Scientific memoirs by medical officers of the Army of India - Part IX,
Year: 1895
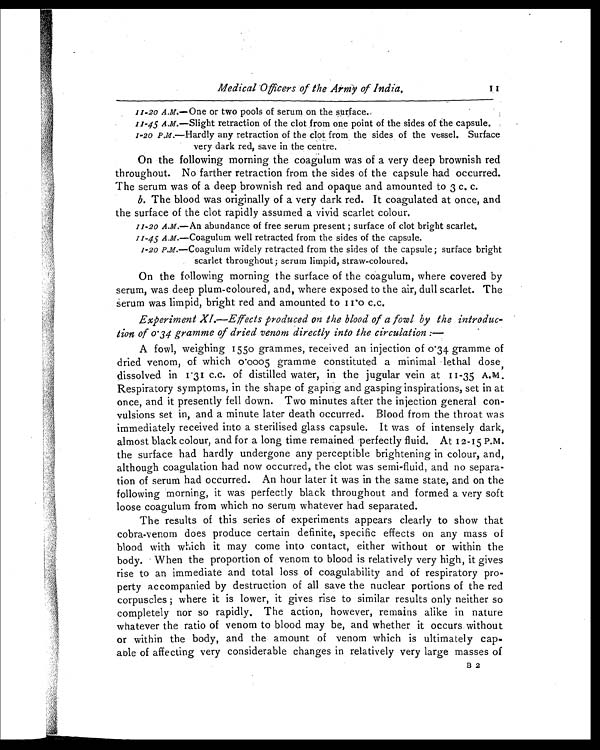
Medical Officers of the Army of India
.
1111-20 A.M.—One or two pools of serum on the surface.
11-45 A.M.—Slight retraction of the clot from one point of the sides of the capsule.
1-20 P.M.—Hardly any retraction of the clot from the sides of the vessel. Surface
very dark red, save in the centre.
On the following morning the coagulum was of a very deep brownish red
throughout. No farther retraction from the sides of the capsule had occurred.
The serum was of a deep brownish red and opaque and amounted to 3 c. c.
b. The blood was originally of a very dark red. It coagulated at once, and
the surface of the clot rapidly assumed a vivid scarlet colour.
11-20 A.M.—An abundance of free serum present ; surface of clot bright scarlet
.
11-45 A.M.—Coagulum well retracted from the sides of the capsule.
1-20 P.M.—Coagulum widely retracted from the sides of the capsule ; surface bright
scarlet throughout; serum limpid, straw-coloured.
On the following morning the surface of the coagulum, where covered by
serum, was deep plum-coloured, and, where exposed to the air, dull scarlet. The
serum was limpid, bright red and amounted to 11.0 c.c.
Experiment XI.—Effects produced on the blood of a fowl by the introduc
-tion of 0.34 gramme of dried venom directly into the circulation :
—
A fowl, weighing 1550 grammes, received an injection of 0.34 gramme of
dried venom, of which 0.0005 gramme constituted a minimal lethal dose,
dissolved in 1.31 c.c. of distilled water, in the jugular vein at 11-35 A.M.
Respiratory symptoms, in the shape of gaping and gasping inspirations, set in at
once, and it presently fell down. Two minutes after the injection general con
-vulsions set in, and a minute later death occurred. Blood from the throat was
immediately received into a sterilised glass capsule. It was of intensely dark,
almost black colour, and for a long time remained perfectly fluid. At 12-15 P.M.
the surface had hardly undergone any perceptible brightening in colour, and,
although coagulation had now occurred, the clot was semi-fluid, and no separa
-tion of serum had occurred. An hour later it was in the same state, and on the
following morning, it was perfectly black throughout and formed a very soft
loose coagulum from which no serum whatever had separated.
The results of this series of experiments appears clearly to show that
cobra-venom does produce certain definite, specific effects on any mass of
blood with which it may come into contact, either without or within the
body. When the proportion of venom to blood is relatively very high, it gives
rise to an immediate and total loss of coagulability and of respiratory pro
-perty accompanied by destruction of all save the nuclear portions of the red
corpuscles ; where it is lower, it gives rise to similar results only neither so
completely nor so rapidly. The action, however, remains alike in nature
whatever the ratio of venom to blood may be, and whether it occurs without
or within the body, and the amount of venom which is ultimately cap
-able of affecting very considerable changes in relatively very large masses of
B 2